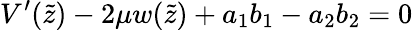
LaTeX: V^{\prime}(\tilde{z})-2\mu w(\tilde{z})+a_{1}b_{1}-a_{2}b_{2}=0